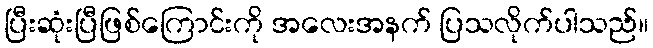
ပြီးဆုံးပြီဖြစ်ကြောင်းကို အလေးအနက် ပြသလိုက်ပါသည်။